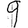
Digit: 9